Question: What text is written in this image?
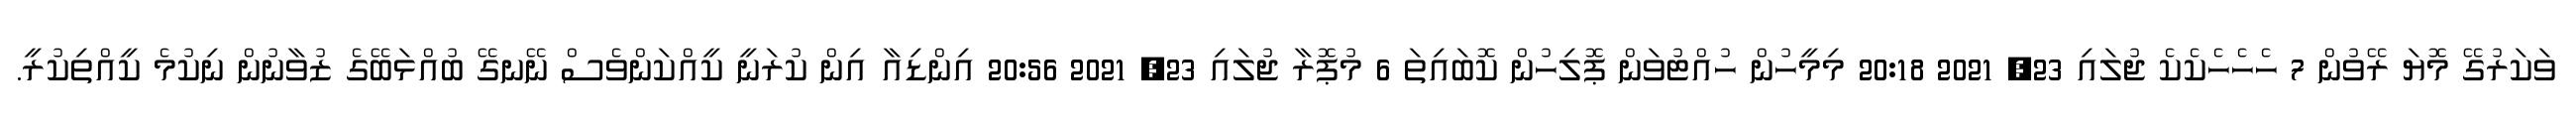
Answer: ވަކަރުގޭ މޮޔަ ރޭވުން 7 ހެހެހެކެކެ ޖުލައި 23, 2021 20:18 މިމީހުން ހުއްޓުވަން ޕޮލިހުން ކޮބައިތަ 6 މުޕޮރާ ޖުލައި 23, 2021 20:56 އިންޑިއާ އިން ކުރަނީ ކީއްކަންވެސް ނޭނގޭ ބުއްޅަބޭގެ ޒުވާނުން ނިކުމެ ކީއްތިކުރީ.